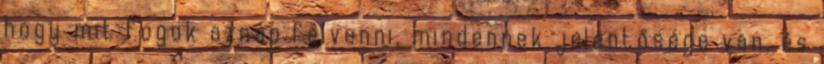
hogy mit fogok aznap felvenni, mindennek jelentősége van, és